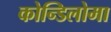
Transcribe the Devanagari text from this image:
कोन्डिलोमा